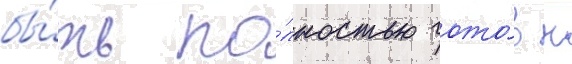
бы́ть по́лностью гото́в к